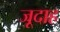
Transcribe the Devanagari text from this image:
जूदाह